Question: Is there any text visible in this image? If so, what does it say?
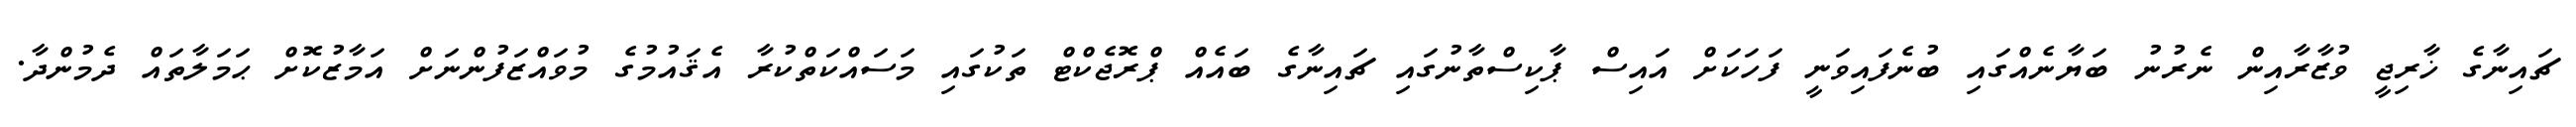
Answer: ޗައިނާގެ ޚާރިޖީ ވުޒާރާއިން ނެރުނު ބަޔާނެއްގައި ބުނެފައިވަނީ ފަހަކަށް އައިސް ޕާކިސްތާނުގައި ޗައިނާގެ ބައެއް ޕްރޮޖެކްޓް ތަކުގައި މަސައްކަތްކުރާ އެޤައުމުގެ މުވައްޒަފުންނަށް އަމާޒުކޮށް ޙަމަލާތައް ދެމުންދާ.